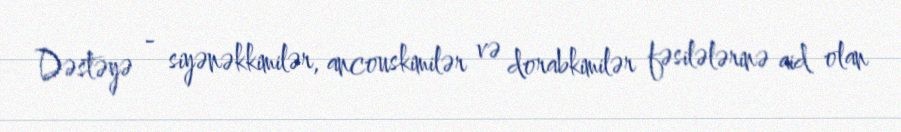
Dəstəyə - siyənəkkimilər, ancouskimilər və dorabkimilər fəsilələrinə aid olan